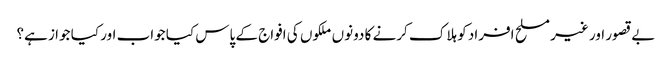
بے قصور اور غیر مسلح افراد کو ہلاک کرنے کا دونوں ملکوں کی افواج کے پاس کیا جواب اور کیا جوا ز ہے؟